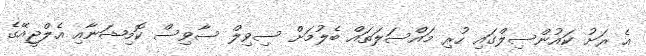
އެ ރަށު ކައުންސިލްގައި ހުރި މައްސަލަތައް ބެލުމަށް ސިވިލް ސާވިސް ކޮމިޝަނާއި އެލްޖީއޭގެ